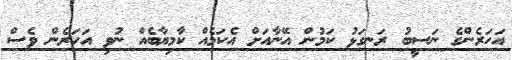
އަހަރެންގެ ނަސީބު ރަނގަޅު ކަމުން އޭނާއަށް އެކަމެއް ކާމިޔާބެއް ނުވި އަހަރެން ވެސް